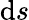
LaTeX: \mathrm{d}s